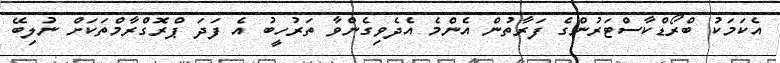
އެކަމަކު ބްރޯޑްކާސްޓަރުންގެ ފަރާތުން އެންމެ އެދެވިގެންވާ ތަރުހީބު އެ ފަދަ ޕްރޮގްރާމްތަކަށް ނުލިބޭ